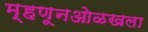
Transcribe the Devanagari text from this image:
म्हणूनओळखला